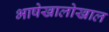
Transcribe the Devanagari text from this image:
भाषेखालोखाल